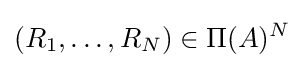
(R_{1},\ldots ,R_{N})\in \Pi (A)^{N}